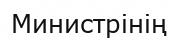
Министрінің